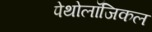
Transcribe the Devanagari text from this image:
पेथोलॉजिकल